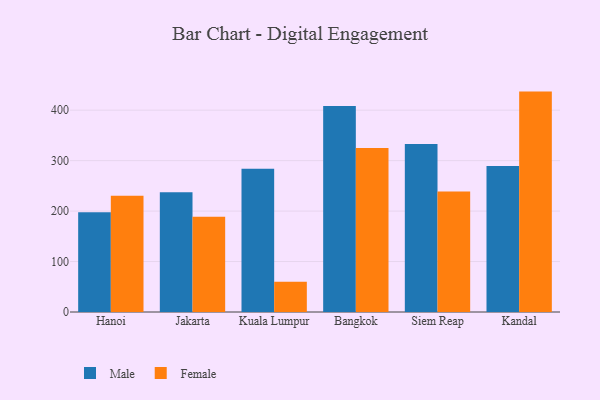
{"axis": {"x": "City", "y": "Humidity (%)"}, "legend": ["Female", "Male"], "data": [{"x": "Hanoi", "y": 197.6, "type": "Male"}, {"x": "Hanoi", "y": 230.2, "type": "Female"}, {"x": "Jakarta", "y": 237.2, "type": "Male"}, {"x": "Jakarta", "y": 188.9, "type": "Female"}, {"x": "Kuala Lumpur", "y": 284.1, "type": "Male"}, {"x": "Kuala Lumpur", "y": 60.1, "type": "Female"}, {"x": "Bangkok", "y": 408.2, "type": "Male"}, {"x": "Bangkok", "y": 325.0, "type": "Female"}, {"x": "Siem Reap", "y": 332.9, "type": "Male"}, {"x": "Siem Reap", "y": 239.0, "type": "Female"}, {"x": "Kandal", "y": 289.5, "type": "Male"}, {"x": "Kandal", "y": 436.8, "type": "Female"}]}